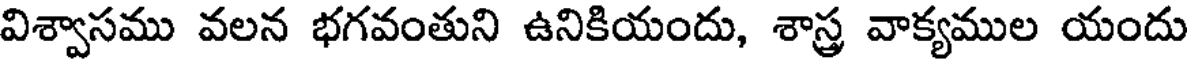
విశ్వాసము వలన భగవంతుని ఉనికియందు, శాస్త్ర వాక్యముల యందు